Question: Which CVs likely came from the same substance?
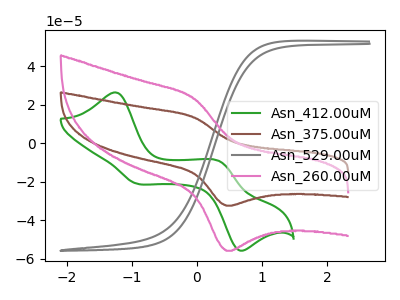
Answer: <think>The green curve "Asn_412.00uM" has anodic peaks at (-1.25V, 26.50uA) (0.35V, -9.50uA) and cathodic peaks at (-0.95V, -20.70uA) (0.65V, -55.40uA). The brown curve "Asn_375.00uM" has an anodic peak at (-0.05V, 13.45uA) and a cathodic peak at (0.45V, -32.35uA). The gray curve "Asn_529.00uM" has no peaks. The pink curve "Asn_260.00uM" has an anodic peak at (-0.05V, 23.15uA) and a cathodic peak at (0.45V, -55.80uA).
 "Asn_412.00uM" and "Asn_375.00uM" have a different number of peaks. "Asn_412.00uM" and "Asn_529.00uM" have a different number of peaks. "Asn_412.00uM" and "Asn_260.00uM" have a different number of peaks. "Asn_375.00uM" and "Asn_529.00uM" have a different number of peaks. All the peaks in "Asn_375.00uM" have a peak in "Asn_260.00uM" at the same potential. Every peak in "Asn_375.00uM" is lower than every peak in "Asn_260.00uM". "Asn_529.00uM" and "Asn_260.00uM" have a different number of peaks.</think>
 <answer>"Asn_260.00uM" and "Asn_375.00uM" have the same shape and are likely CV's of the same chemical.</answer>
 <eval>"Asn_260.00uM" "Asn_375.00uM"</eval>